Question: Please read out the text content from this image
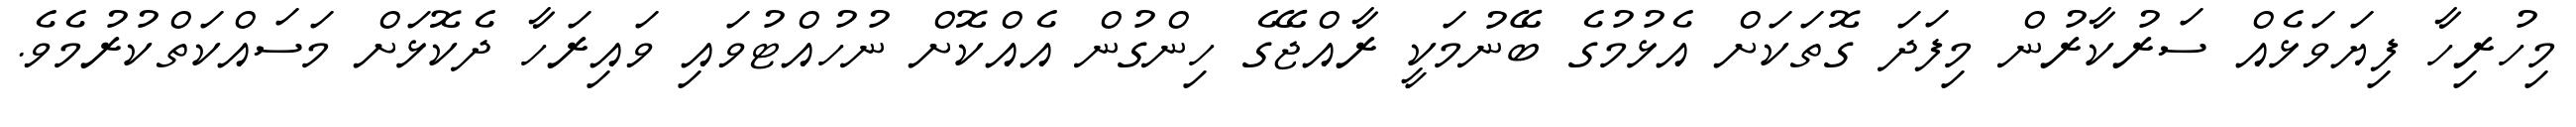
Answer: މިހުރިހާ ފިޔަވަޅެއް ސަރުކާރުން މިފަދަ ގޮތަކަށް އެޅުމުގެ ބޭނުމަކީ ރާއްޖޭގެ ހިންގުން އެއްކޮށް ނުހުއްޓުވައި ވައިރަހާ ދެކޮޅަށް މަސައްކަތްކުރުމެވެ.